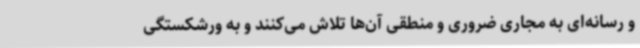
و رسانه‌ای به مجاری ضروری و منطقی آن‌ها تلاش می‌کنند و به ورشکستگی